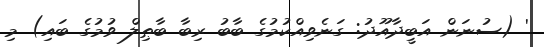
' (ސުނަން އަބީދާއޫދު: ގަނެވިއްކުމުގެ ބާބު ރިބާ ބާޠިލް ވުމުގެ ބައި) މި